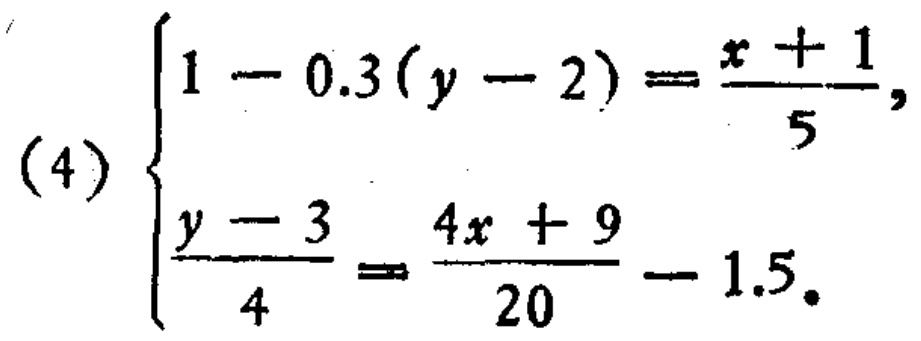
\[\begin{cases}
1 - 0.3(y - 2)=\frac{x + 1}{5}\\
\frac{y - 3}{4}=\frac{4x + 9}{20}-1.5
\end{cases}\]